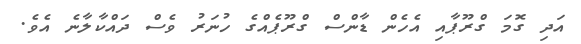
އަދި ގޮމަ ގްރޫޕާއި އެހެން ޑާންސް ގްރޫޕެއްގެ ހުނަރު ވެސް ދައްކާލާނެ އެވެ.